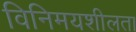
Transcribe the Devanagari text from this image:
विनिमयशीलता